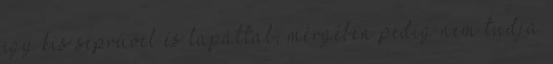
egy kis seprűvel és lapáttal, mérgében pedig nem tudja